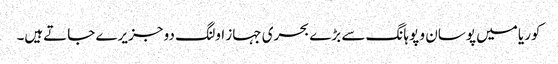
کوریا میں پوسان و پوہانگ سے بڑے بحری جہاز اولنگ دو جزیرے جاتےہیں۔